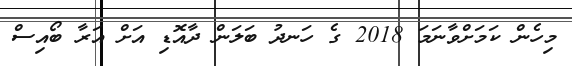
މިހެން ކަމަށްވާނަމަ 2018 ގެ ހަނދު ބަލަން ދާއޮޑި އަށް އަރާ ބޯއިސް